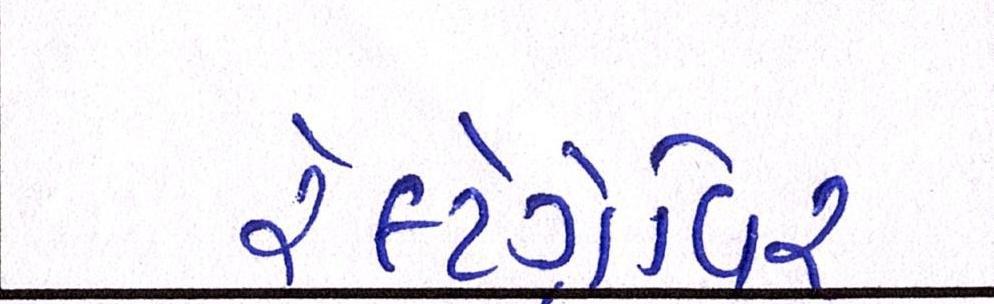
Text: રેલ્ટેગ્રેવિર